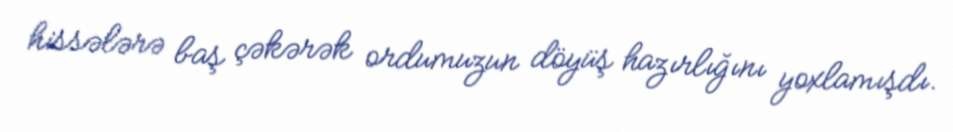
hissələrə baş çəkərək ordumuzun döyüş hazırlığını yoxlamışdı.